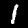
Label: 1